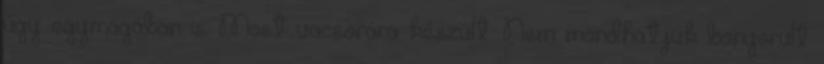
úgy egymagában is. Most vacsorára készült. Nem mondhatjuk bonyorult